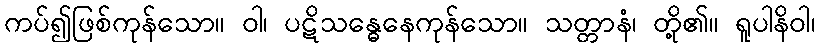
ကပ်၍ဖြစ်ကုန်သော။ ဝါ၊ ပဋိသန္ဓေနေကုန်သော။ သတ္တာနံ၊ တို့၏။ ရူပါနိဝါ၊